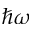
\hbar \omega